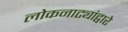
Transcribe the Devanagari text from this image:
लोकनाट्यांद्वारे